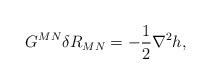
LaTeX: \begin{align*}G^{MN} \delta R_{MN} = - {1 \over 2} \nabla^2 h,\end{align*}